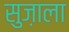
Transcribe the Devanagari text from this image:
सुज़ाला